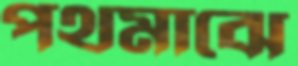
পথমাঝে